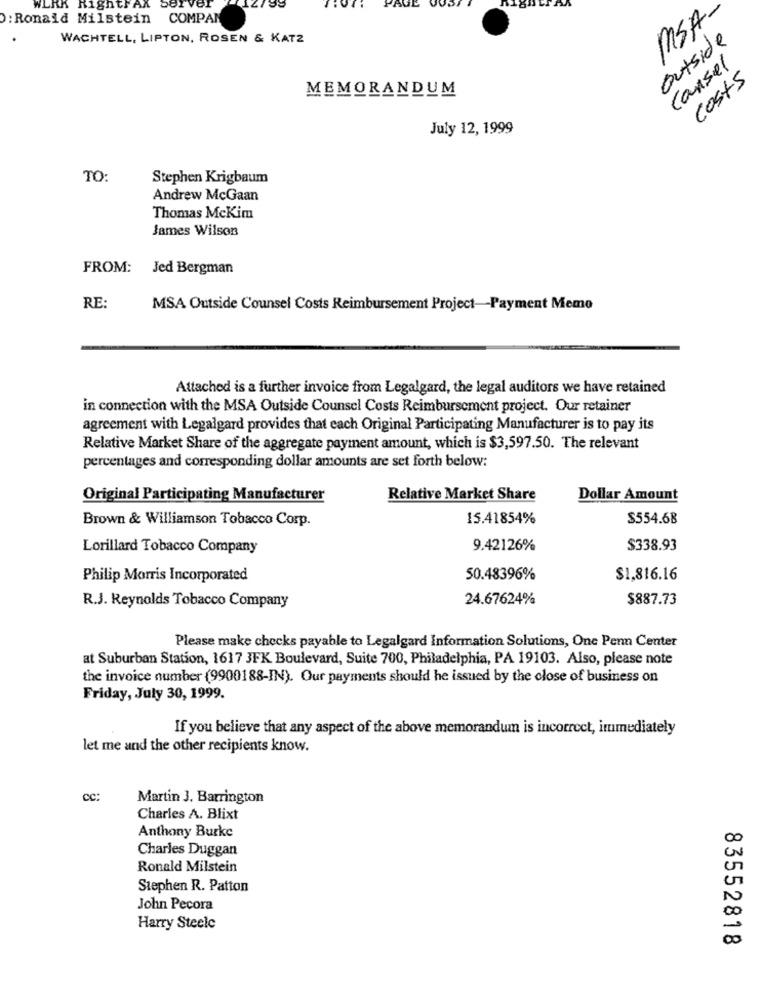
WERK RightFAX
Server
MISA-
D: Ronald Milstein COMPAN
WACHTELL, LIPTON, ROSEN & KATZ
outside
cansel
costs
MEMORANDUM
July 12, 1999
TO:
Stephen Krigbaum
Andrew McGaan
Thomas Mckim
James Wilson
FROM: Jed Bergman
RE:
MSA Outside Counsel Costs Reimbursement Project-Payment Memo
Attached is a further invoice from Legalgard, the legal auditors we have retained
in connection with the MSA Outside Counsel Costs Reimbursement project. Our retainer
agreement with Legalgard provides that each Original Participating Manufacturer is to pay its
Relative Market Share of the aggregate payment amount, which is $3,597.50. The relevant
percentages and corresponding dollar amounts are set forth below:
Original Participating Manufacturer
Relative Market Share
Dollar Amount
Brown & Williamson Tobacco Corp.
15.41854%
$554.68
Lorillard Tobacco Company
9.42126%
$338.93
Philip Morris Incorporated
50.48396%
$1,816.16
24.67624%
$887.73
R.J. Reynolds Tobacco Company
Please make checks payable to Legalgard Information Solutions, One Pen Center
at Suburban Station, 1617 3FK Boulevard, Suite 700, Philadelphia, PA 19103. Also, please note
the invoice number (9900188-IN). Our payments should he issued by the close of business on
Friday, July 30, 1999.
If you believe that any aspect of the above memorandum is incorrect, immediately
let me and the other recipients know.
cc:
Martin 3. Barrington
Charles A. Blixt
Anthony Burke
00
Charles Duggan
Ronald Milstein
UnT
Stephen R. Patton
John Pecora
CO
Harry Steele
83552818